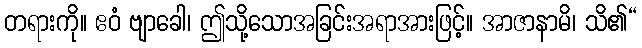
တရားကို။ ဧဝံ ဗျာခေါ၊ ဤသို့သောအခြင်းအရာအားဖြင့်။ အာဇာနာမိ၊ သိ၏“